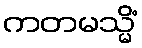
ကတမသ္မိံ